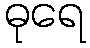
ဓုရေ